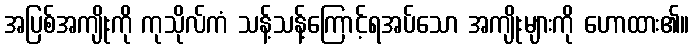
အပြစ်အကျိုးကို ကုသိုလ်ကံ သန့်သန့်ကြောင့်ရအပ်သော အကျိုးများကို ဟောထား၏။